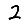
Digit: 2